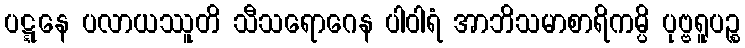
ပဋ္ဋနေ ပလာယဿူတိ သီသရောဂေန ပါဝါရံ အာဘိသမာစာရိကမ္ပိ ပုဗ္ဗရူပဉ္စ